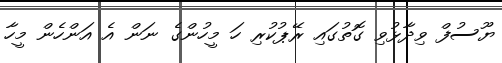
ޔޫސުފް ވިދާޅުވި ގޮތުގައި ރޭޕުކުރި ހަ މީހުންގެ ނަން އެ އަންހެން މީހާ